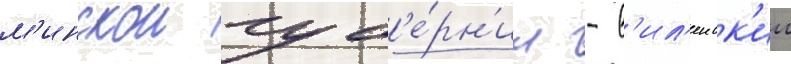
м'инскои губ'е́рн'ии - в'ил'еиск'ии